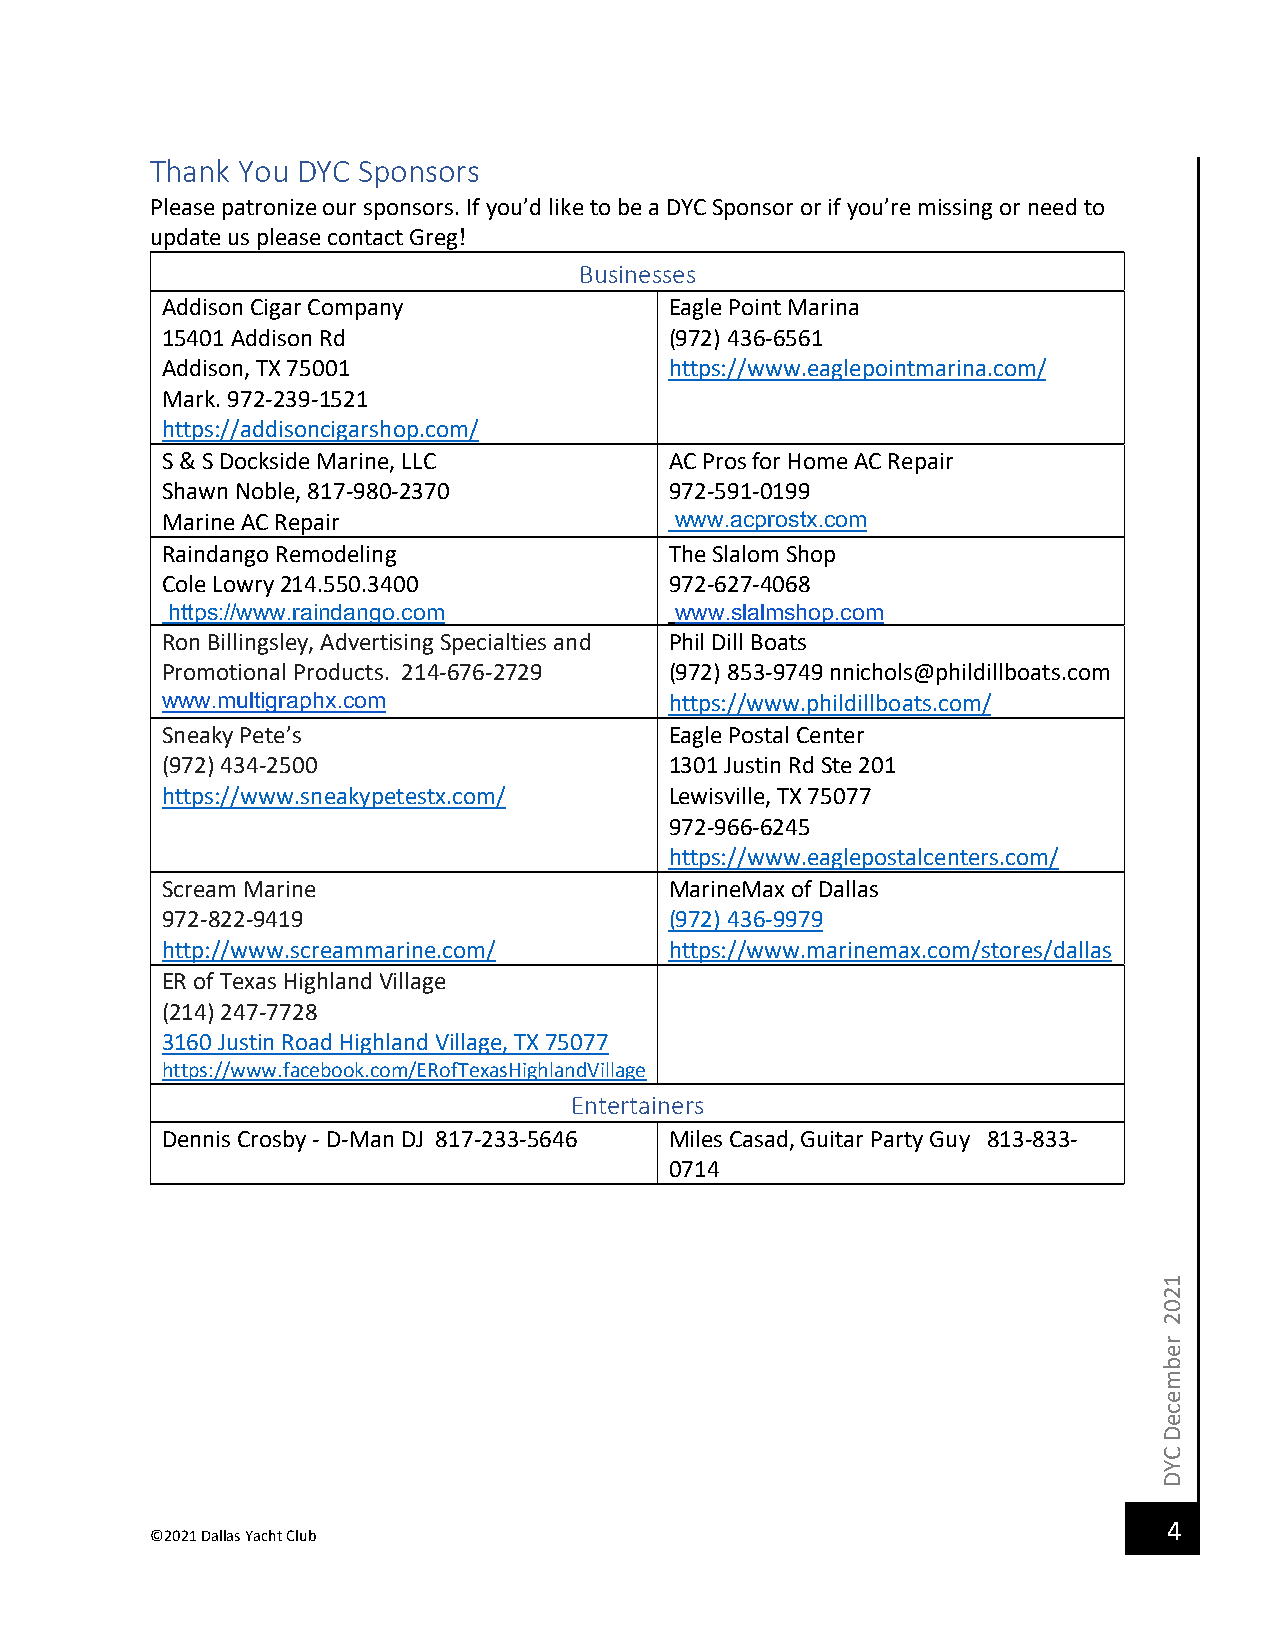
Thank You DYC Sponsors
 Please patronize our sponsors. If you’d like to be a DYC Sponsor or if you’re missing or need to
 update us please contact Greg!
 Businesses
 Addison Cigar Company            Eagle Point Marina
 15401 Addison Rd                 (972) 436-6561
 Addison, TX 75001                https://www.eaglepointmarina.com/
 Mark. 972-239-1521
 https://addisoncigarshop.com/
 S & S Dockside Marine, LLC       AC Pros for Home AC Repair
 Shawn Noble, 817-980-2370        972-591-0199
 Marine AC Repair                  www.acprostx.com
 Raindango Remodeling             The Slalom Shop
 Cole Lowry 214.550.3400          972-627-4068
 https://www.raindango.com         www.slalmshop.com
 Ron Billingsley, Advertising Specialties and Phil Dill Boats
 Promotional Products. 214-676-2729 (972) 853-9749 nnichols@phildillboats.com
 www.multigraphx.com              https://www.phildillboats.com/
 Sneaky Pete’s                    Eagle Postal Center
 (972) 434-2500                   1301 Justin Rd Ste 201
 https://www.sneakypetestx.com/   Lewisville, TX 75077
 972-966-6245
 https://www.eaglepostalcenters.com/
 Scream Marine                    MarineMax of Dallas
 972-822-9419                     (972) 436-9979
 http://www.screammarine.com/     https://www.marinemax.com/stores/dallas
 ER of Texas Highland Village
 (214) 247-7728
 3160 Justin Road Highland Village, TX 75077
 https://www.facebook.com/ERofTexasHighlandVillage
 Entertainers
 Dennis Crosby - D-Man DJ 817-233-5646 Miles Casad, Guitar Party Guy 813-833-
 0714
 4
 ©2021 Dallas Yacht Club
 1202
 rebmeceD
 CYD